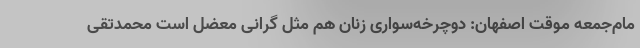
مام‌جمعه موقت اصفهان: دوچرخه‌سواری زنان هم مثل گرانی معضل است محمدتقی